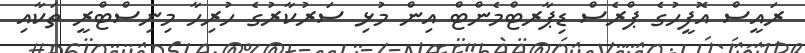
ރައީސް އޮފީހުގެ ޕްރެސް ޑިޕާރޓްމެންޓް އިން މުޅި ސަރުކާރުގެ ހުރިހާ މިނިސްޓްރީ ތަކާއި